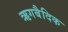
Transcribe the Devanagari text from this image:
ऋगबैदिक